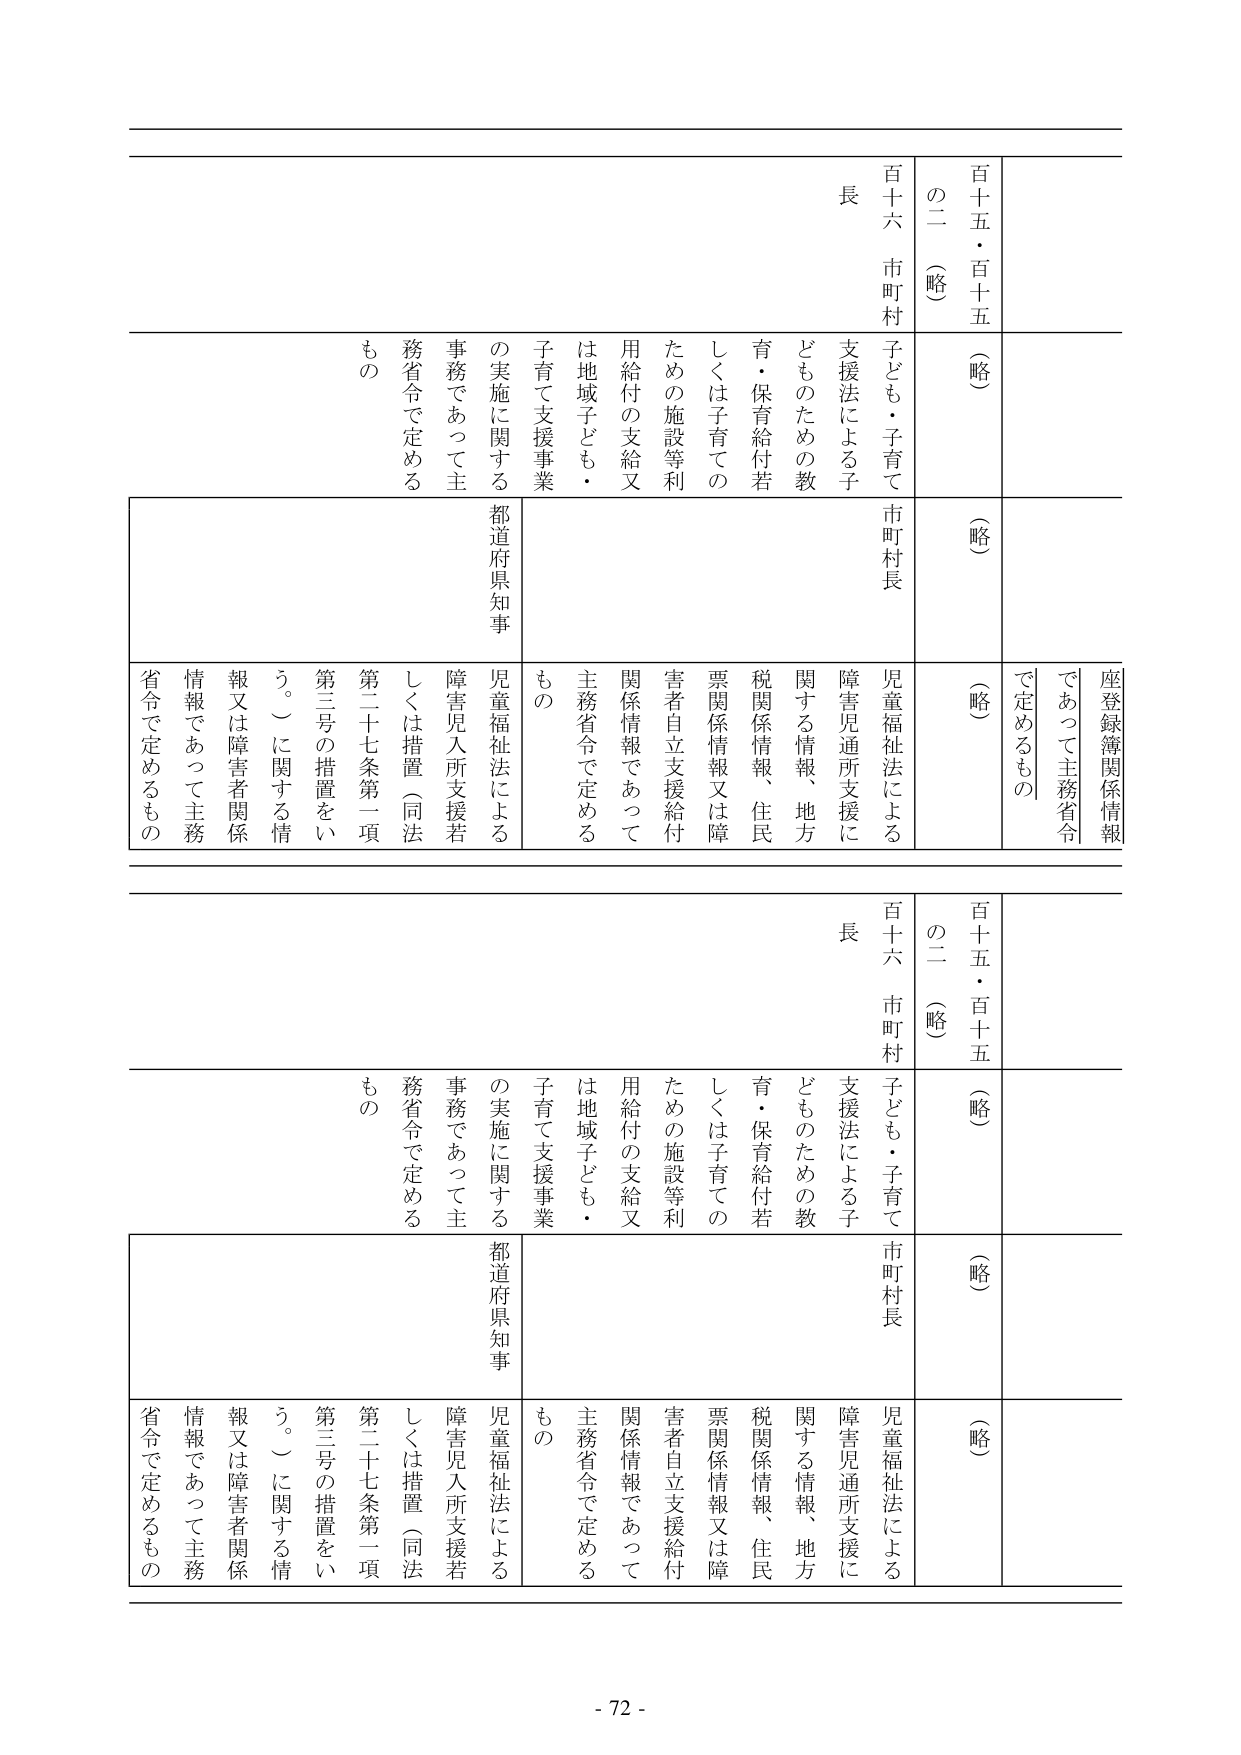
百十五・百十五
（略）
の二（略）
百十六 市町村
子ども・子育て
支援法による子
どものための教
育・保育給付若
しくは子育ての
ための施設等利
用給付の支給又
は地域子ども・
子育て支援事業
の実施に関する
事務であって主
務省令で定める
もの
（略）
市町村長
（略）
児童福祉法による
障害児通所支援に
関する情報、地方
税関係情報、住民
票関係情報又は障
害者自立支援給付
関係情報であって
主務省令で定める
もの
都道府県知事
児童福祉法による
障害児入所支援若
しくは措置（同法
第二十七条第一項
第三号の措置をい
う。）に関する情
報又は障害者関係
情報であって主務
省令で定めるもの
座登録簿関係情報
であって主務省令
で定めるもの

百十五・百十五
（略）
の二（略）
百十六 市町村
子ども・子育て
支援法による子
どものための教
育・保育給付若
しくは子育ての
ための施設等利
用給付の支給又
は地域子ども・
子育て支援事業
の実施に関する
事務であって主
務省令で定める
もの
（略）
市町村長
（略）
児童福祉法による
障害児通所支援に
関する情報、地方
税関係情報、住民
票関係情報又は障
害者自立支援給付
関係情報であって
主務省令で定める
もの
都道府県知事
児童福祉法による
障害児入所支援若
しくは措置（同法
第二十七条第一項
第三号の措置をい
う。）に関する情
報又は障害者関係
情報であって主務
省令で定めるもの

- 72 -